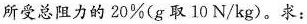
所受总阻力的 20%(g 取 10 N/kg)。求：